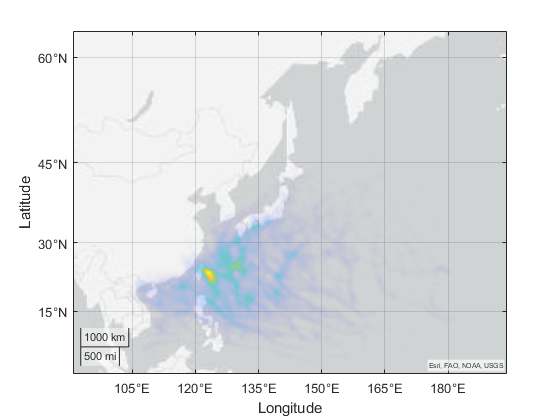
matlab, geodensityplot